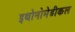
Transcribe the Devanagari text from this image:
इथोनोमेडीकल